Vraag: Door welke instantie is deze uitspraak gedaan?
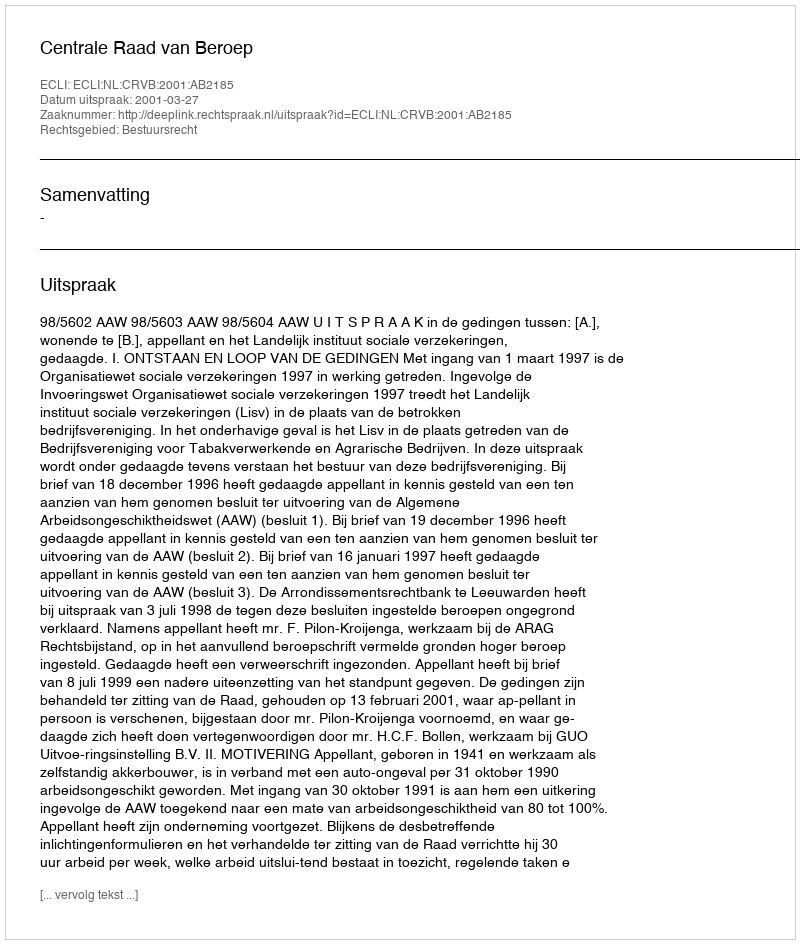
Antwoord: Centrale Raad van Beroep